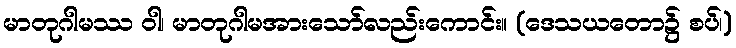
မာတုဂါမဿ ဝါ၊ မာတုဂါမအားသော်လည်းကောင်း။ (ဒေသယတော၌ စပ်၊)